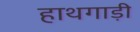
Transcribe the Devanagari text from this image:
हाथगाड़ी